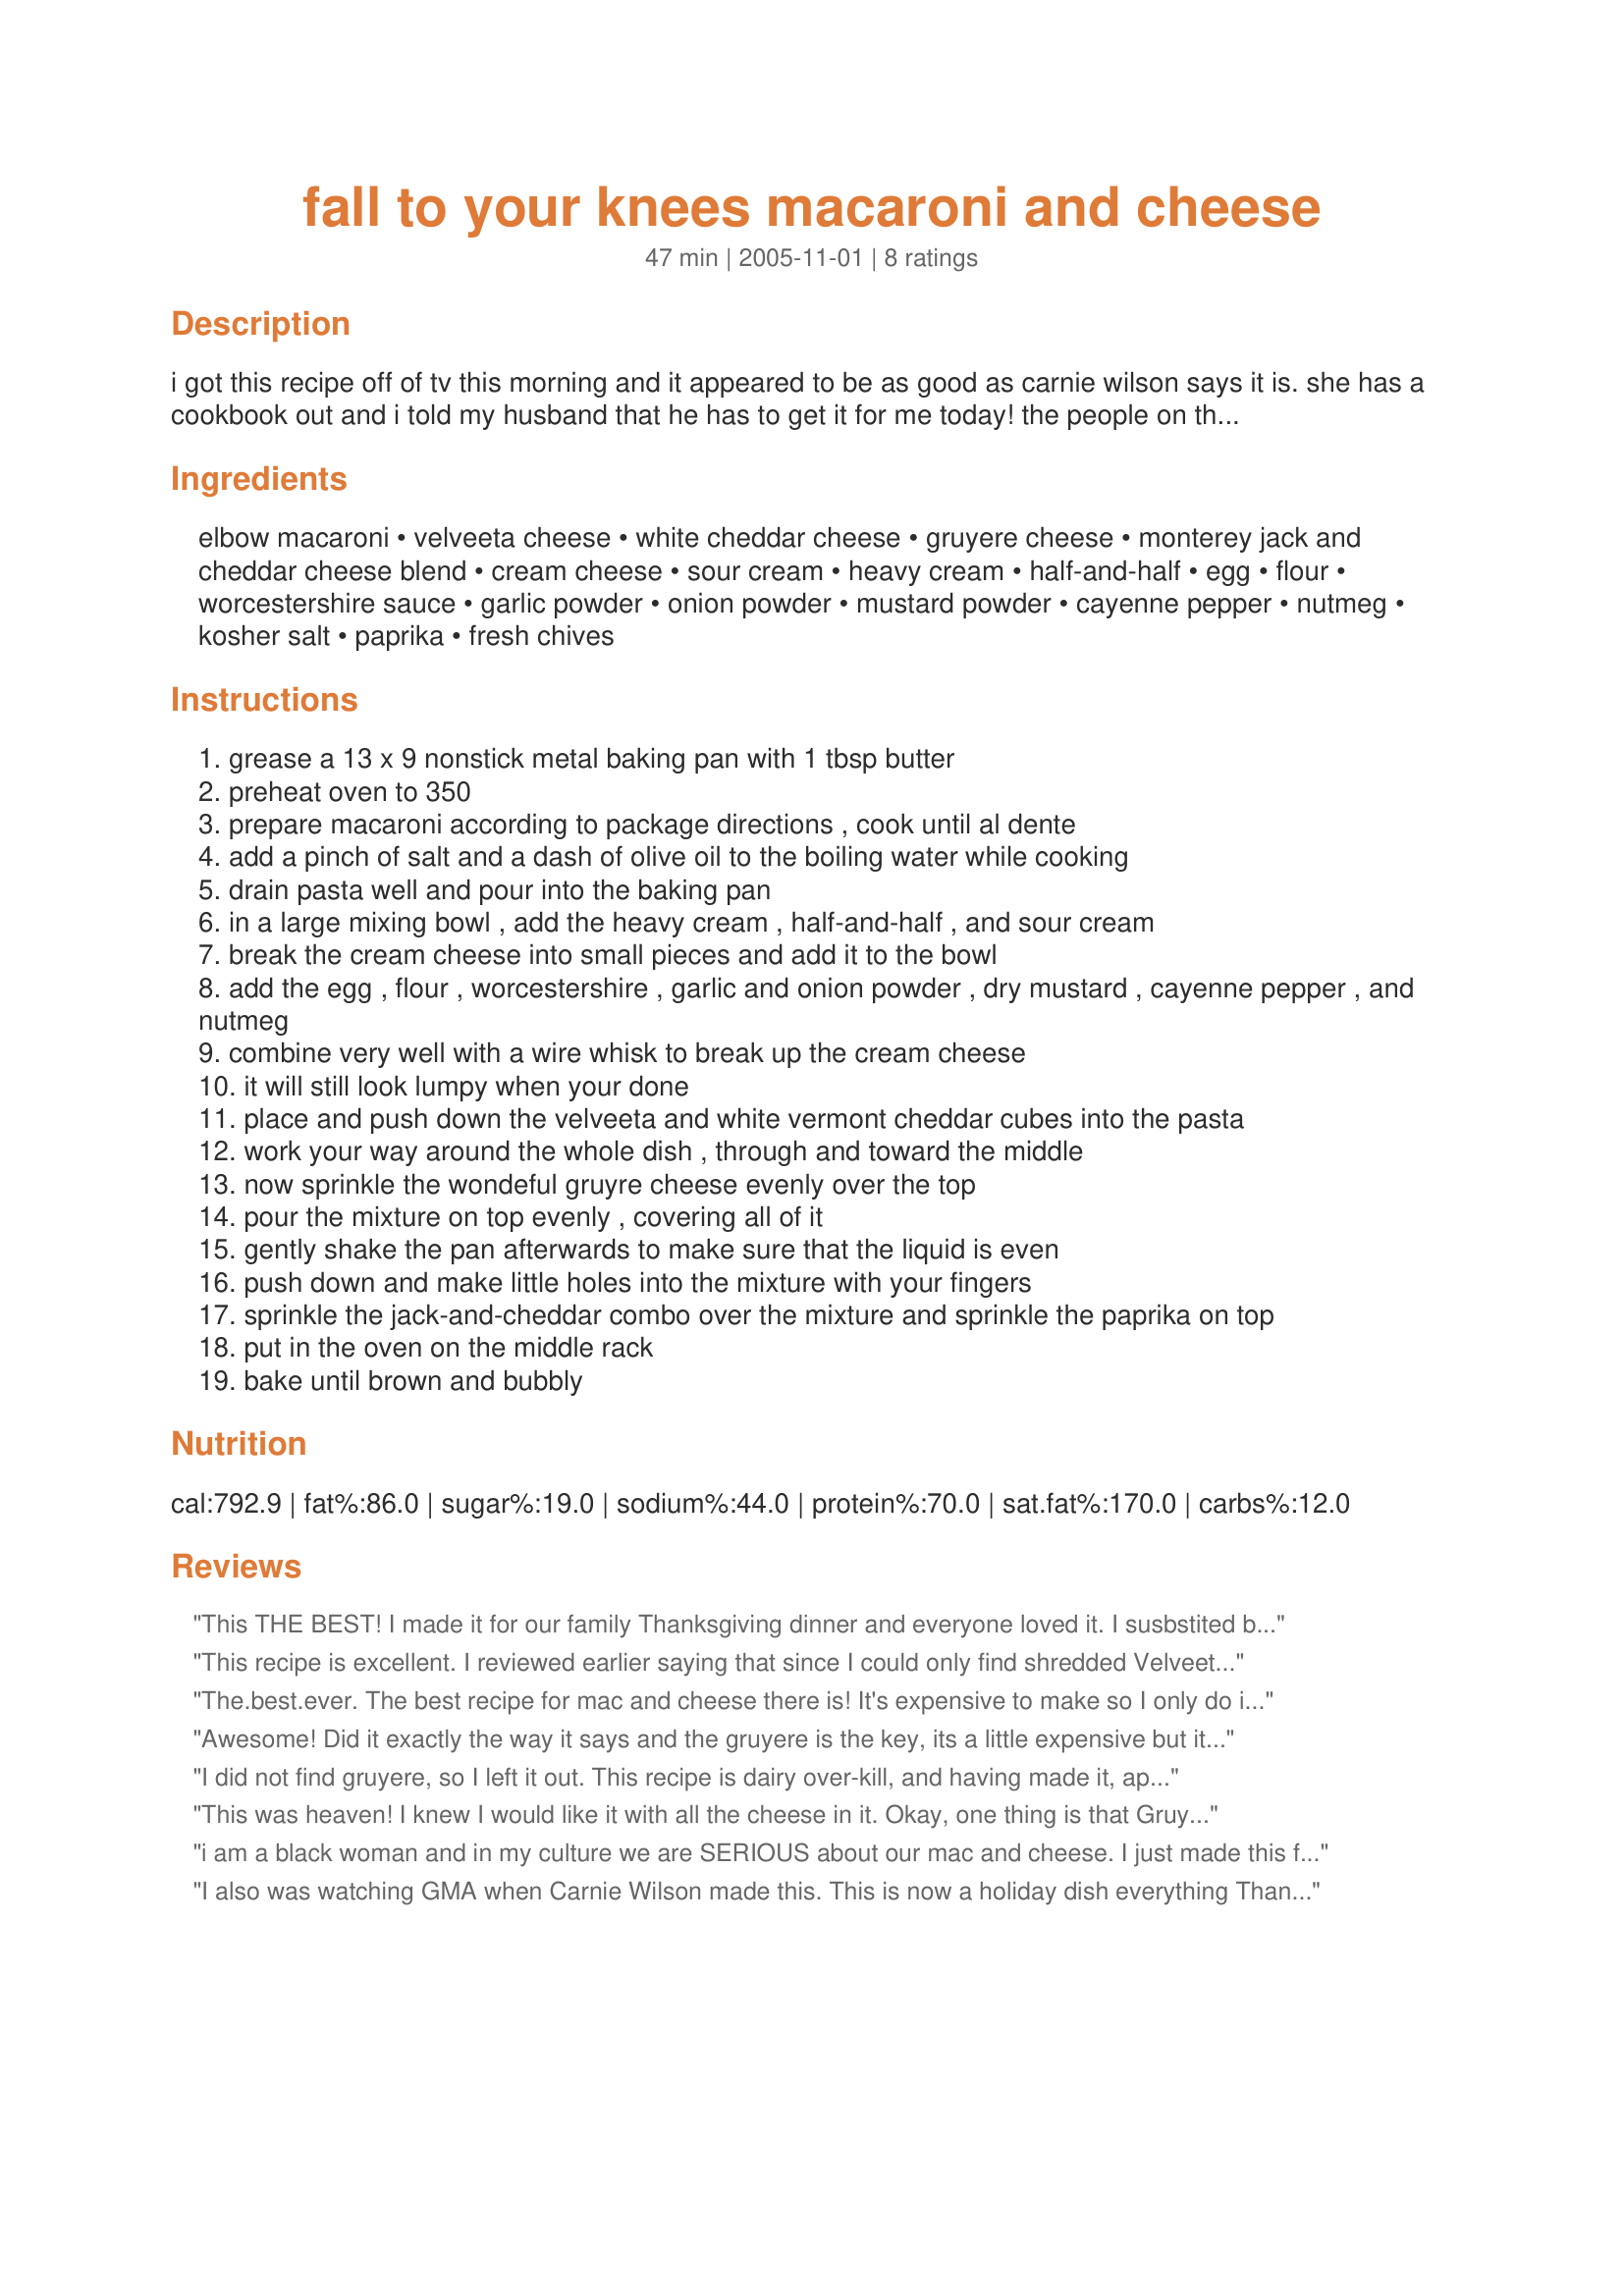
fall to your knees macaroni and cheese
Preparation time: 47 minutes

i got this recipe off of tv this morning and it appeared to be as good as carnie wilson says it is. she has a cookbook out and i told my husband that he has to get it for me today! the people on the show that ate it, showed true pleasure in doing so.

Ingredients:
elbow macaroni, velveeta cheese, white cheddar cheese, gruyere cheese, monterey jack and cheddar cheese blend, cream cheese, sour cream, heavy cream, half-and-half, egg, flour, worcestershire sauce, garlic powder, onion powder, mustard powder, cayenne pepper, nutmeg, kosher salt, paprika, fresh chives

Steps:
grease a 13 x 9 nonstick metal baking pan with 1 tbsp butter
preheat oven to 350
prepare macaroni according to package directions , cook until al dente
add a pinch of salt and a dash of olive oil to the boiling water while cooking
drain pasta well and pour into the baking pan
in a large mixing bowl , add the heavy cream , half-and-half , and sour cream
break the cream cheese into small pieces and add it to the bowl
add the egg , flour , worcestershire , garlic and onion powder , dry mustard , cayenne pepper , and nutmeg
combine very well with a wire whisk to break up the cream cheese
it will still look lumpy when your done
place and push down the velveeta and white vermont cheddar cubes into the pasta
work your way around the whole dish , through and toward the middle
now sprinkle the wondeful gruyre cheese evenly over the top
pour the mixture on top evenly , covering all of it
gently shake the pan afterwards to make sure that the liquid is even
push down and make little holes into the mixture with your fingers
sprinkle the jack-and-cheddar combo over the mixture and sprinkle the paprika on top
put in the oven on the middle rack
bake until brown and bubbly

Reviews:
This THE BEST! I made it for our family Thanksgiving dinner and everyone loved it. I susbstited baby swiss for the gruyere (same family) and it really gave it the flavor! It is awesome!! and I'm picky on my mac and cheese. Rich, but just couldn't stop eating it!
This recipe is excellent. I reviewed earlier saying that since I could only find shredded Velveeta at Walmart, I shredded all the cheeses. I also double everything except the Gruyrere (I only used 16 ounces for a double recipe). Now I have made this for large groups three times.. I still shred all the cheeses and place everything (except the pasta) in my crockpot on low. Once everything is melted I throw in the cooked pasta and leave it on warm. My cuisinart crock pot just fits a double recipe. I add chicken broth as necessary to thin it out. Everybody loves it. I've made this for New Years and now I am going to make it for Super Bowl.
The.best.ever. <br/>The best recipe for mac and cheese there is! It's expensive to make so I only do it once a year. It serves more then 8 (I'd say more then 10 for sure) and leftovers (if there are any) freeze well. I've wanted to try to make it without Gruyere but I'm too scared to mess up a good thing. I do use the 'processed' Gruyere which cuts down a little bit.
Awesome! Did it exactly the way it says and the gruyere is the key, its a little expensive but it makes all the difference! Thanks!!!
I did not find gruyere, so I left it out. This recipe is dairy over-kill, and having made it, apparently I have an issue with that. It looked beautiful and smelled wonderful, and is definitely a show-stopping side dish. Definitely not for the faint of heart, though. Literally.
This was heaven! I knew I would like it with all the cheese in it. Okay, one thing is that Gruyère cheese is very, very expensive (about $20 a pound!!!) so I skipped that and put more velveeta and 6 oz of shredded parm cheese on top of the macaroni. Delish! I am going to make this for Christmas too! Try it you won't regret it...also its pretty easy!
i am a black woman and in my culture we are SERIOUS about our mac and cheese. I just made this for thanksgiving and WOW!.. it is the best! I have finally found that mac and cheese recipe i have been looking for. However, this cannot be made too often..it is too rich, but for those special occasions, i will use this recipe all the time. the gruyere cheese is very expensive, however very delicious, but i am sure that it will work just as well without it too, just add some swiss or extra monterey or cheddar. Also, I left out some of the seasonings like the garlic and the worcheshire. It still came out delicious. I encourage everyone to try this. Thanks Miss Wilson!
I also was watching GMA when Carnie Wilson made this. This is now a holiday dish everything Thanksgiving, Christmas, New Year&quot;s, Easter, Presidnent&#039;s Day...Just kidding. Seriously, this is the BEST! The leftovers (if there are any) are really good. It does take a while and the cheese can be expensive but it is oh so worth it. My family loves it. I have made it the past 3 Christmas&#039;s and will continue to have it on my Thanksgiving and Christmas menus for many years to come.
